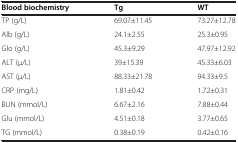
| Blood biochemistry | Tg | WT |
 | --- | --- | --- |
 | TP (g/L) | 69.07±11.45 | 73.27±12.78 |
 | Alb (g/L) | 24.1±2.55 | 25.3±0.95 |
 | Glo (g/L) | 45.3±9.29 | 47.97±12.92 |
 | ALT (μ/L) | 39±15.39 | 45.33±6.03 |
 | AST (μ/L) | 88.33±21.78 | 94.33±9.5 |
 | CRP (mg/L) | 1.81±0.42 | 1.72±0.31 |
 | BUN (mmol/L) | 6.67±2.16 | 7.88±0.44 |
 | Glu (mmol/L) | 4.51±0.18 | 3.77±0.65 |
 | TG (mmol/L) | 0.38±0.19 | 0.42±0.16 |